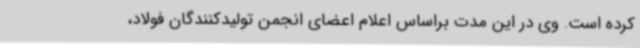
کرده است. وی در این مدت براساس اعلام اعضای انجمن تولیدکنندگان فولاد،